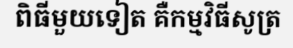
ពិធីមួយទៀត គឺកម្មវិធីសូត្រ